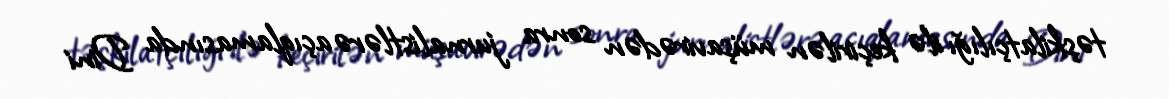
təşkilatçılığı ilə keçirilən müşavirədən sonra jurnalistlərə açıqlamasında Dini